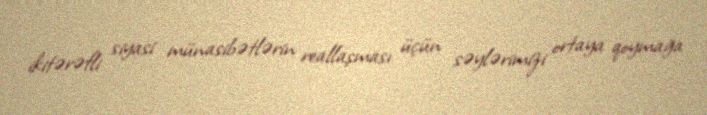
ikitərəfli siyasi münasibətlərin reallaşması üçün səylərimizi ortaya qoymağa